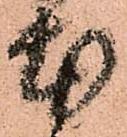
本